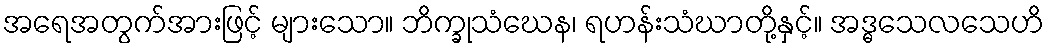
အရေအတွက်အားဖြင့် များသော။ ဘိက္ခုသံဃေန၊ ရဟန်းသံဃာတို့နှင့်။ အဒ္ဓသေလသေဟိ